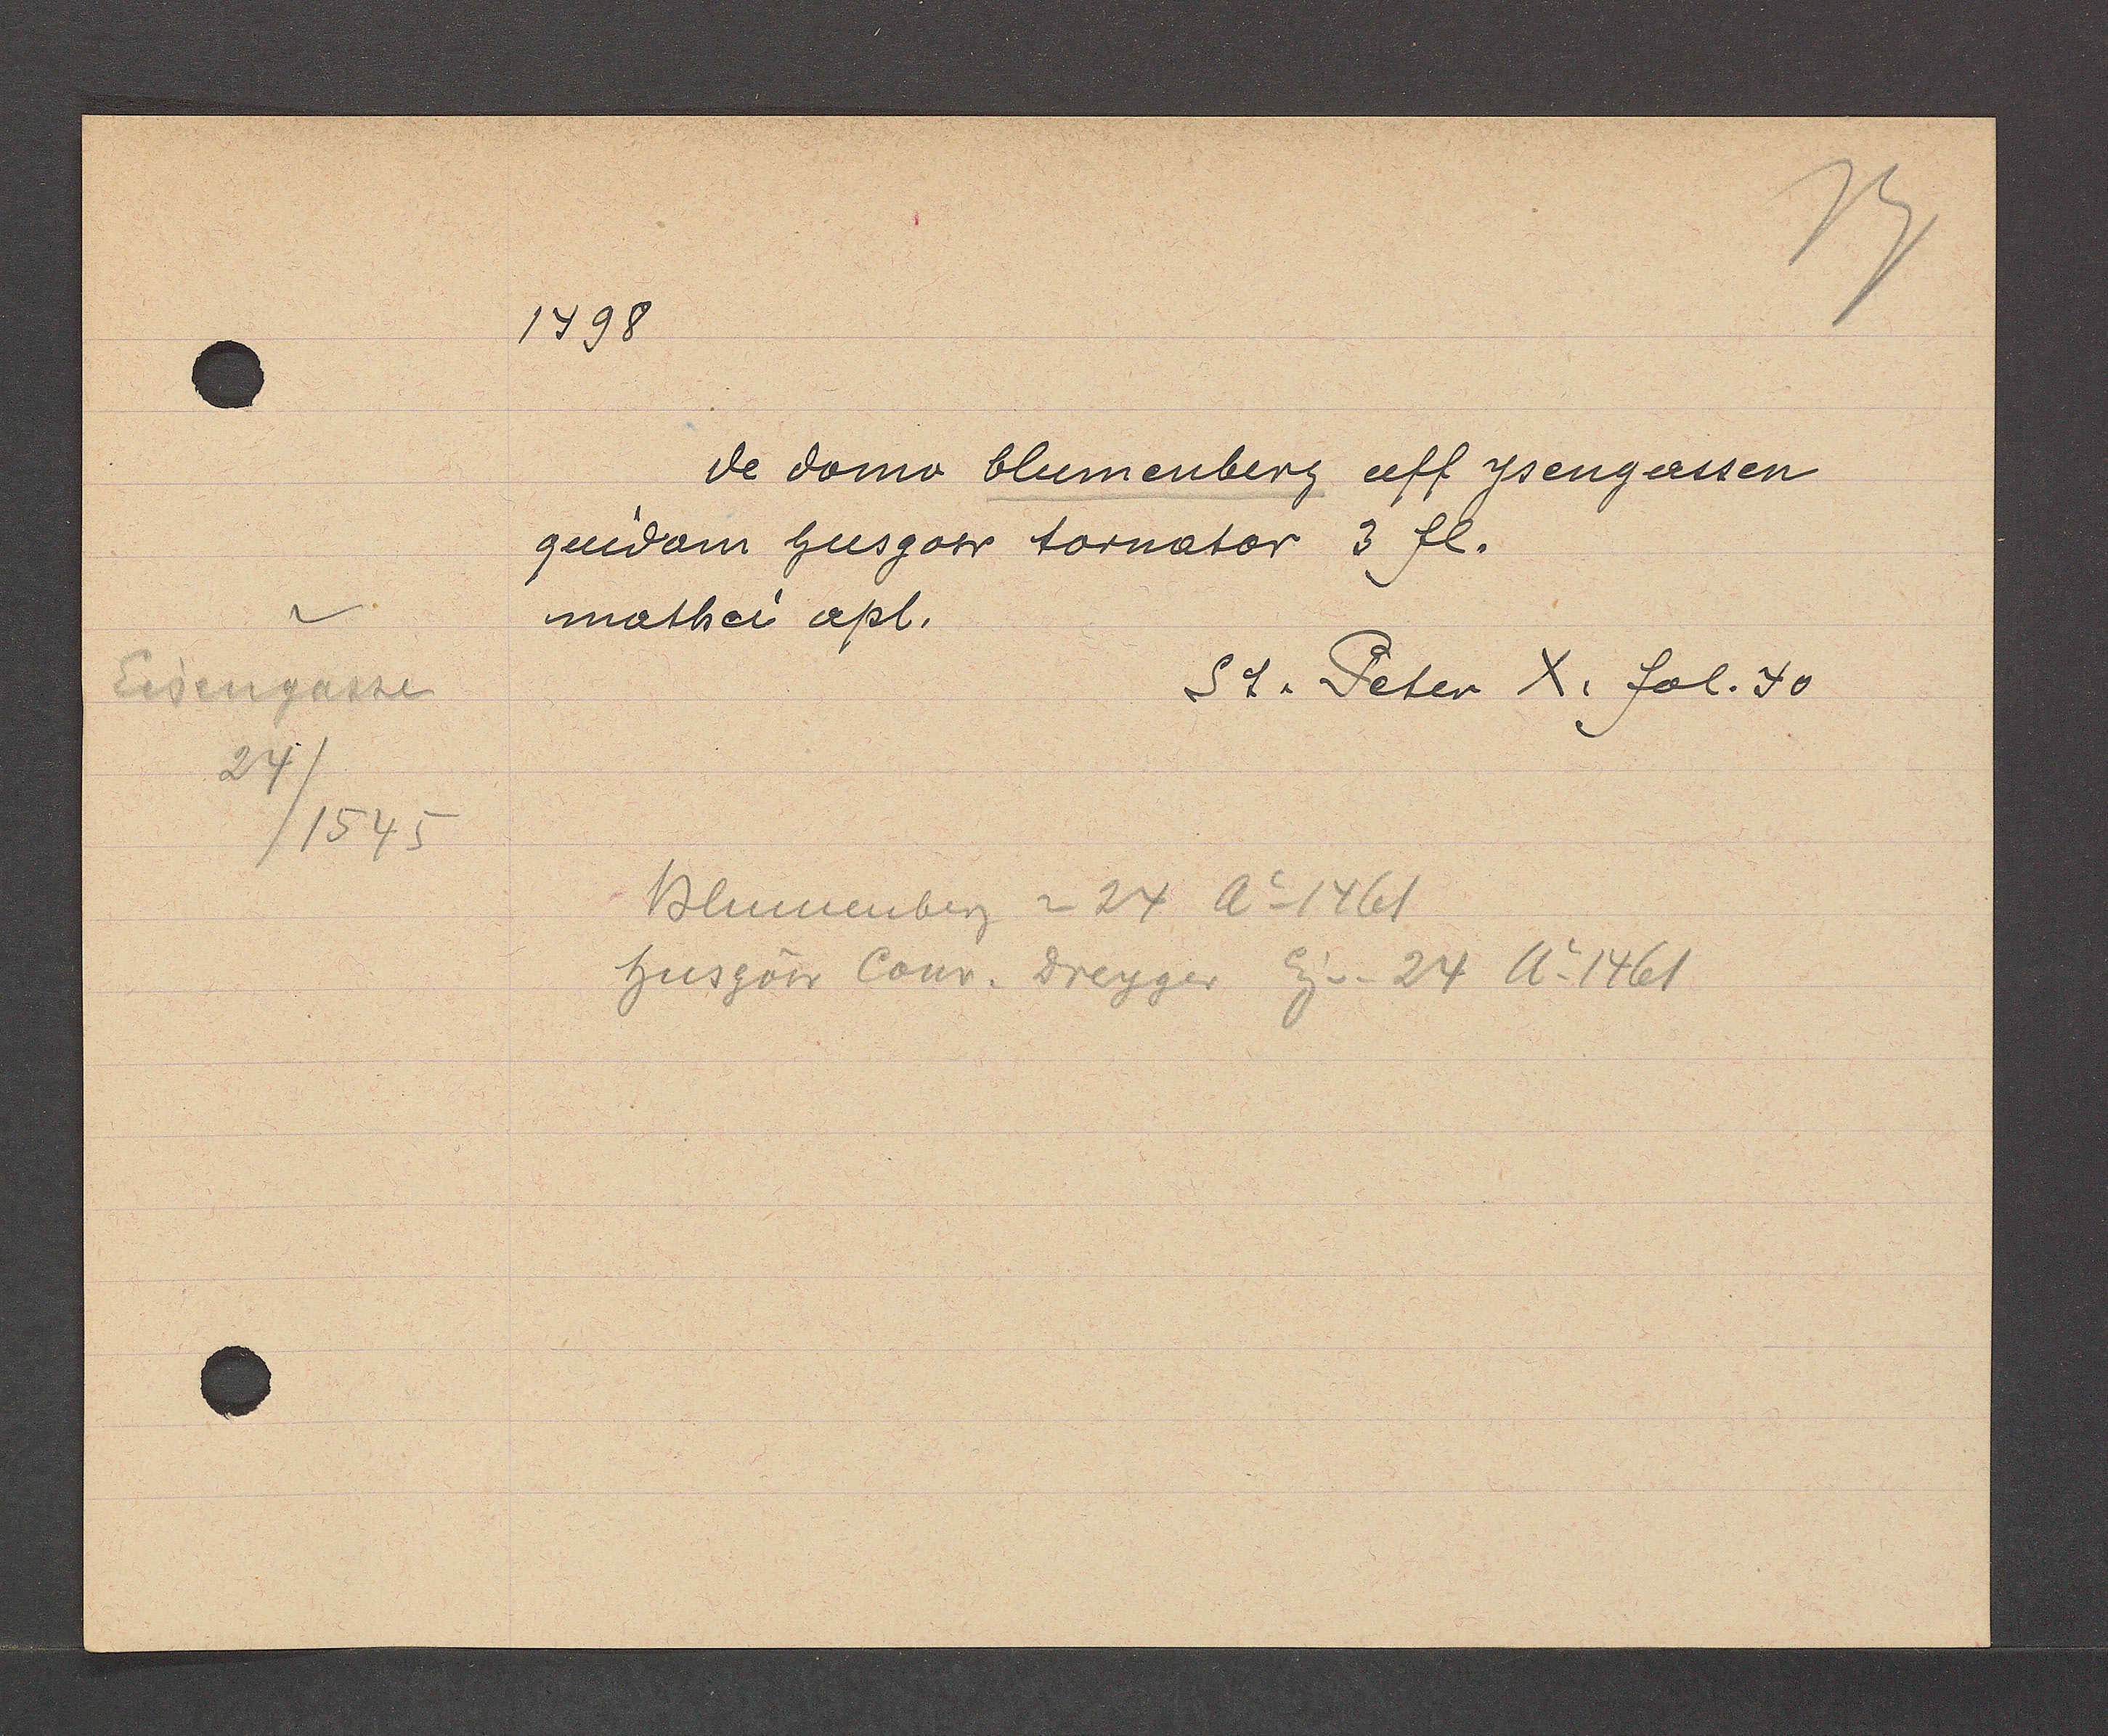
Transcript:
Eisengasse
24/1545

1498
de domo blumenberg uff ysengassen
quidam husgow tornator 3 fl.
mathei apl.
St. Peter X. fol. 40
Blumenberg = 24 Ao 1461
Husgow Conr. Dreyger Eg v. 24 Ao1461